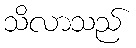
သိလာသည်